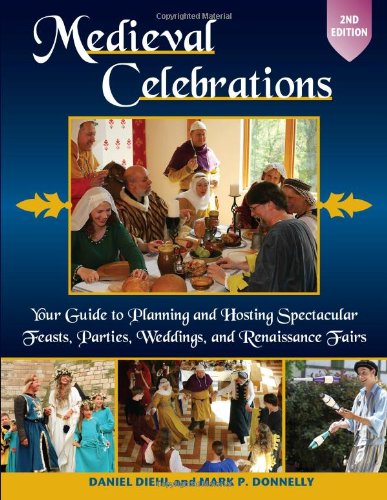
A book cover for Medieval Celebrations: Your Guide to Planning and Hosting Spectacular Feasts, Parties, Weddings, and Renaissance Fairs; Daniel Diehl; Politics & Social Sciences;